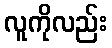
လူကိုလည်း